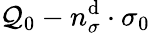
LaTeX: \mathcal{Q}_{0}-n_{\sigma}^{\mathrm{{d}}}\cdot\sigma_{0}